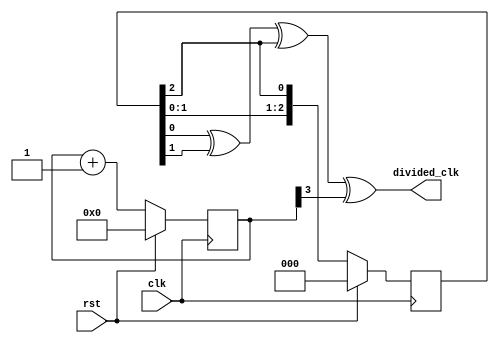
module johnson_counter_clock_divider(
    input wire clk,
    input wire rst,
    output wire divided_clk
);

reg [2:0] state;
wire sync_clk;
reg [3:0] count;

assign sync_clk = state[0] ^ state[1] ^ state[2] ^ count[3];

always @(posedge clk)
begin
    if(rst)
    begin
        state <= 3'b000;
        count <= 4'b0000;
    end
    else
    begin
        state <= {state[1:0], state[2]};
        count <= count + 1;
    end
end

assign divided_clk = sync_clk;

endmodule